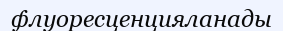
флуоресценцияланады